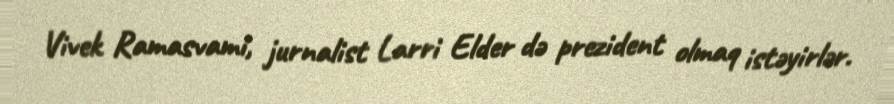
Vivek Ramasvami, jurnalist Larri Elder də prezident olmaq istəyirlər.